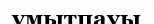
ұмытпауы